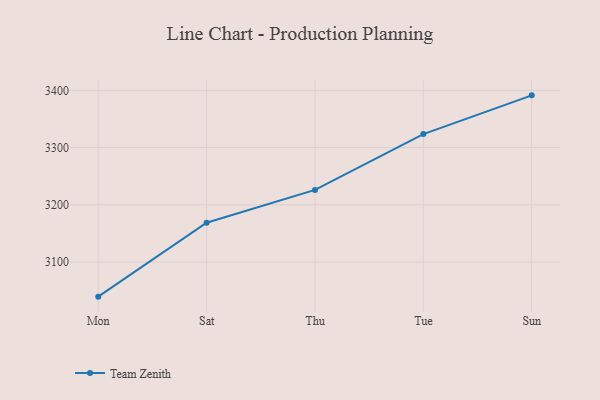
{"axis": {"x": "Day", "y": "Backlog"}, "legend": ["Team Zenith"], "data": [{"x": "Mon", "y": 3039.5, "type": "Team Zenith"}, {"x": "Sat", "y": 3168.7, "type": "Team Zenith"}, {"x": "Thu", "y": 3226.0, "type": "Team Zenith"}, {"x": "Tue", "y": 3323.6, "type": "Team Zenith"}, {"x": "Sun", "y": 3391.3, "type": "Team Zenith"}]}